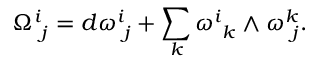
\Omega _ { \ j } ^ { i } = d \omega _ { \ j } ^ { i } + \sum _ { k } \omega _ { \ k } ^ { i } \wedge \omega _ { \ j } ^ { k } .